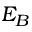
E _ { B }